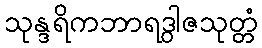
သုန္ဒရိကဘာရဒွါဇသုတ္တံ